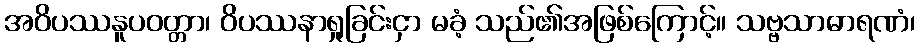
အဝိပဿနူပဝတ္တာ၊ ဝိပဿနာရှုခြင်းငှာ မခံ့ သည်၏အဖြစ်ကြောင့်။ သဗ္ဗသာဓာရဏံ၊